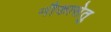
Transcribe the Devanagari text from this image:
नौकासेतु